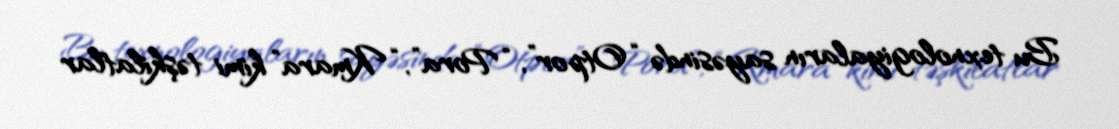
Bu texnologiyaların sayəsində “Otpor”, “Pora”, “Kmara” kimi təşkilatlar